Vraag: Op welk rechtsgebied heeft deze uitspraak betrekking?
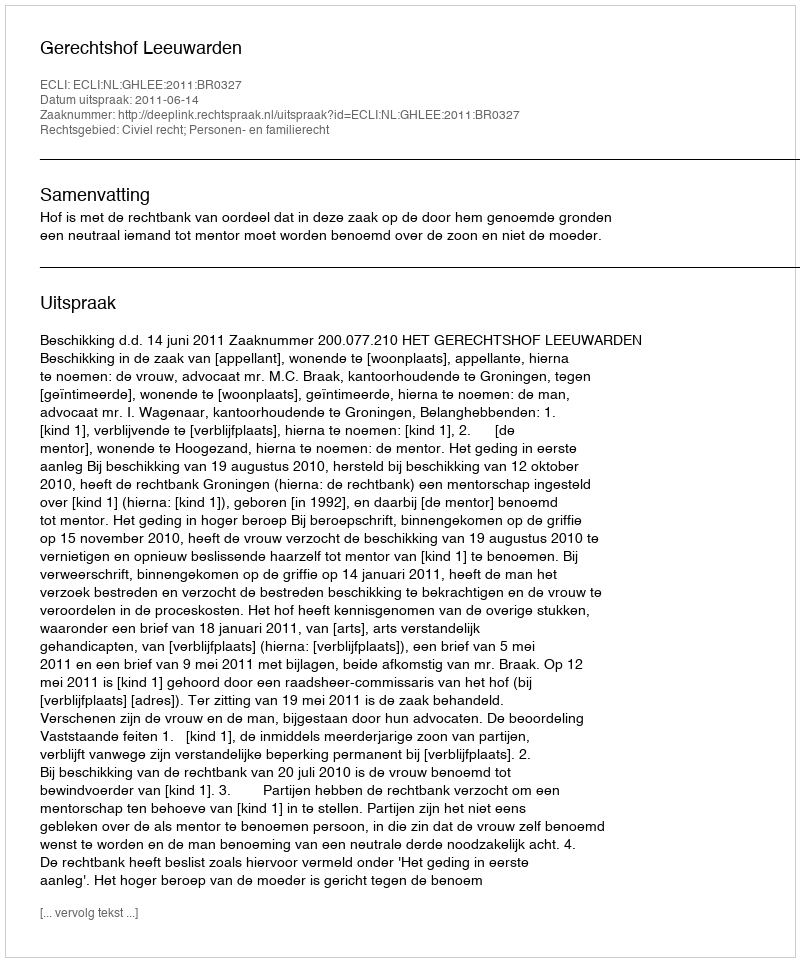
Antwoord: Civiel recht; Personen- en familierecht